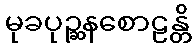
မုခပုဉ္ဆနစောဠန္တိ